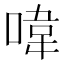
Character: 喡